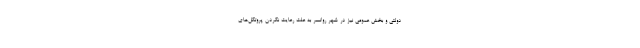
دولتی و بخش عمومی نیز در شهر روانسر به علت رعایت نکردن پروتکل‌های